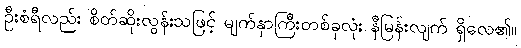
ဦးစံရီလည်း စိတ်ဆိုးလွန်းသဖြင့် မျက်နှာကြီးတစ်ခုလုံး နီမြန်းလျက် ရှိလေ၏။